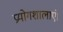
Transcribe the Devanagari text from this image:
प्रयोगशालाएं।